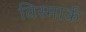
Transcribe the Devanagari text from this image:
विस्मार्क